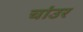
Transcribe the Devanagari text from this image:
चांउर